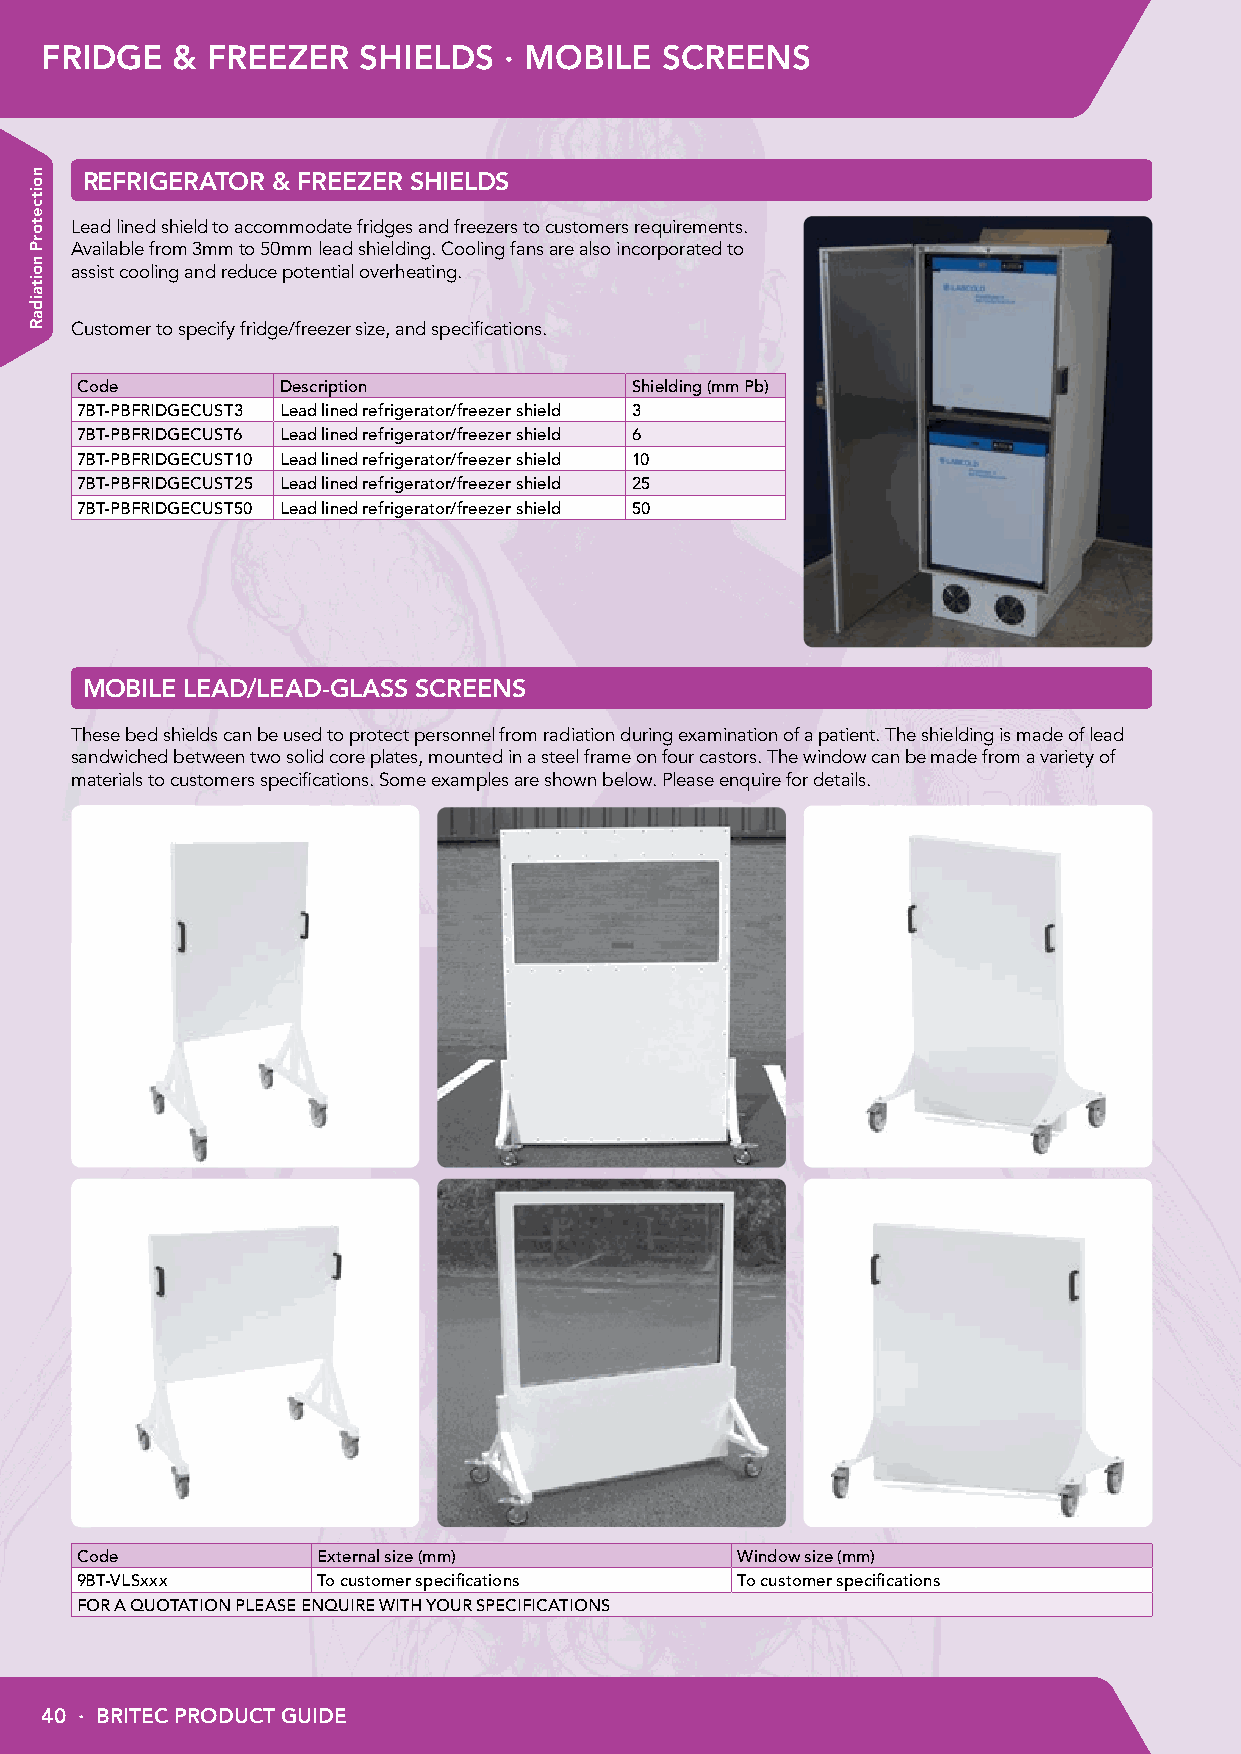
FRIDGE  &  FREEZER   SHIELDS  · MOBILE   SCREENS
 REFRIGERATOR & FREEZER SHIELDS
 Lead lined shield to accommodate fridges and freezers to customers requirements.
 Available from 3mm to 50mm lead shielding. Cooling fans are also incorporated to
 assist cooling and reduce potential overheating.
 Customer to specify fridge/freezer size, and specifications.
 Code          Description            Shielding (mm Pb)
 7BT-PBFRIDGECUST3 Lead lined refrigerator/freezer shield 3
 7BT-PBFRIDGECUST6 Lead lined refrigerator/freezer shield 6
 7BT-PBFRIDGECUST10 Lead lined refrigerator/freezer shield 10
 7BT-PBFRIDGECUST25 Lead lined refrigerator/freezer shield 25
 7BT-PBFRIDGECUST50 Lead lined refrigerator/freezer shield 50
 MOBILE LEAD/LEAD-GLASS SCREENS
 These bed shields can be used to protect personnel from radiation during examination of a patient. The shielding is made of lead
 sandwiched between two solid core plates, mounted in a steel frame on four castors. The window can be made from a variety of
 materials to customers specifications. Some examples are shown below. Please enquire for details.
 Code            External size (mm)          Window size (mm)
 9BT-VLSxxx      To customer specifications  To customer specifications
 FOR A QUOTATION PLEASE ENQUIRE WITH YOUR SPECIFICATIONS
 40 · BRITEC PRODUCT GUIDE
 noitcetorP
 noitaidaR